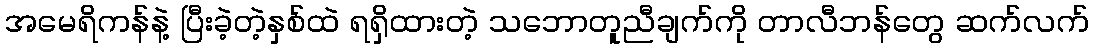
အမေရိကန်နဲ့ ပြီးခဲ့တဲ့နှစ်ထဲ ရရှိထားတဲ့ သဘောတူညီချက်ကို တာလီဘန်တွေ ဆက်လက်